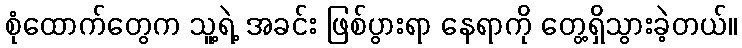
စုံထောက်တွေက သူ့ရဲ့ အခင်း ဖြစ်ပွားရာ နေရာကို တွေ့ရှိသွားခဲ့တယ်။